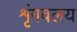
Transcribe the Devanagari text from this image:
शृंगवलय